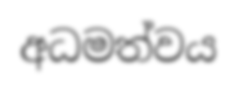
අධමත්වය